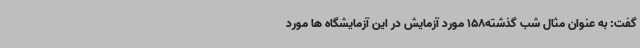
گفت: به عنوان مثال شب گذشته158 مورد آزمایش در این آزمایشگاه ها مورد